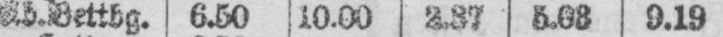
Ab. Bettbg. 6.50 10.00 2.37 5.08 9.19